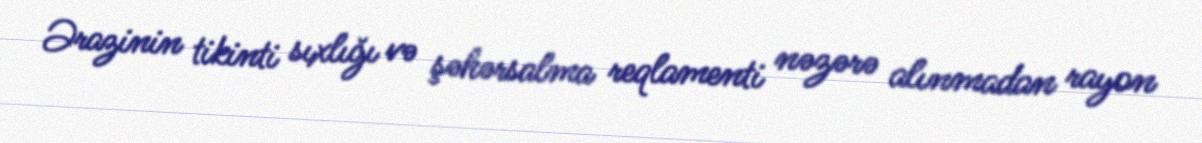
Ərazinin tikinti sıxlığı və şəhərsalma reqlamenti nəzərə alınmadan rayon